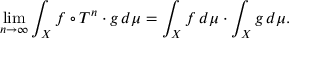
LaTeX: \operatorname* { l i m } _ { n \to \infty } \int _ { X } f \circ T ^ { n } \cdot g \, d \mu = \int _ { X } f \, d \mu \cdot \int _ { X } g \, d \mu .